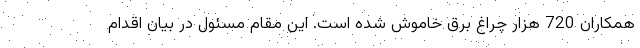
همکاران 720 هزار چراغ برق خاموش شده است. این مقام مسئول در بیان اقدام